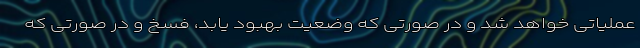
عملیاتی خواهد شد و در صورتی که وضعیت بهبود یابد، فسخ و در صورتی که